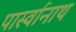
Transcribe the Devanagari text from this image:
पार्स्‍वानाथ